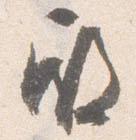
殿